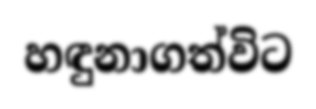
හඳුනාගත්විට